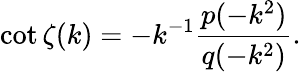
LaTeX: \cot\zeta(k)=-k^{-1}\frac{p(-k^{2})}{q(-k^{2})}.